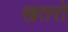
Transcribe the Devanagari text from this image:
खतरो